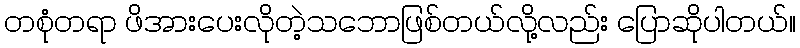
တစုံတရာ ဖိအားပေးလိုတဲ့သဘောဖြစ်တယ်လို့လည်း ပြောဆိုပါတယ်။